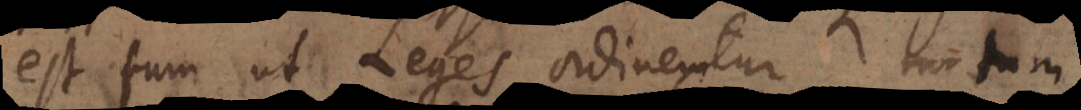
est tum ut Leges ordinentur, tum